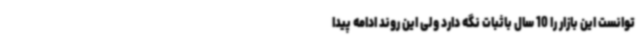
توانست این بازار را 10 سال باثبات نگه دارد ولی این روند ادامه پیدا